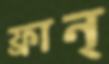
ফ্রান্